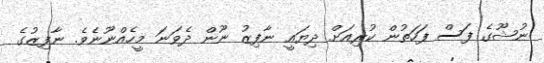
ނުޝޫގެ ފަސް ފަހަތުން ކުރިއަށް ދިޔައީ ނާފިޒު ނޫން ދެވަނަ މީހެއްނޫނެވެ. ނާފިޒުގެ